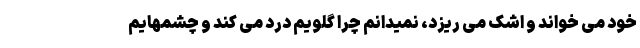
خود می خواند و اشک می ریزد، نمیدانم چرا گلویم درد می کند و چشمهایم